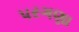
પરગણા